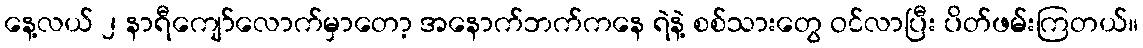
နေ့လယ် ၂ နာရီကျော်လောက်မှာတော့ အနောက်ဘက်ကနေ ရဲနဲ့ စစ်သားတွေ ဝင်လာပြီး ပိတ်ဖမ်းကြတယ်။